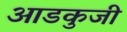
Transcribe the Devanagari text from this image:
आडकुजी